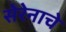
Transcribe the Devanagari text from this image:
सेरेनाचे